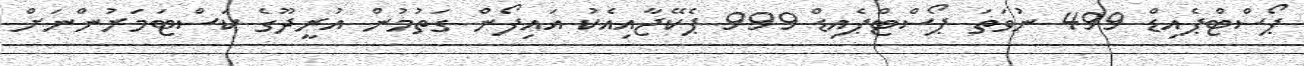
ޕޯސްޓްޕެއިޑް 499 ނުވަތަ ޕޯސްޓްޕެއިޑް 999 ޕެކޭޖާއިއެކު އައިފޯން ގަތުމުން އުރީދޫގެ ކަސްޓަމަރުންނަށް